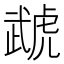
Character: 虣